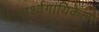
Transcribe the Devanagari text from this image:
पार्श्वगायिकेला